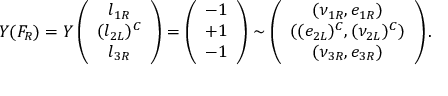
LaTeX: Y ( F _ { R } ) = Y \left( \begin{array} { c } { { l _ { 1 R } } } \\ { { ( l _ { 2 L } ) ^ { C } } } \\ { { l _ { 3 R } } } \end{array} \right) = \left( \begin{array} { c } { { - 1 } } \\ { { + 1 } } \\ { { - 1 } } \end{array} \right) \sim \left( \begin{array} { c } { { ( \nu _ { 1 R } , e _ { 1 R } ) } } \\ { { ( ( e _ { 2 L } ) ^ { C } , ( \nu _ { 2 L } ) ^ { C } ) } } \\ { { ( \nu _ { 3 R } , e _ { 3 R } ) } } \end{array} \right) .